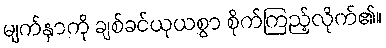
မျက်နှာကို ချစ်ခင်ယုယစွာ စိုက်ကြည့်လိုက်၏။